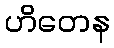
ဟိတေန